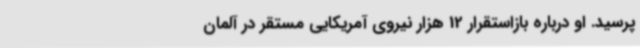
پرسید. او درباره بازاستقرار 12 هزار نیروی آمریکایی مستقر در آلمان